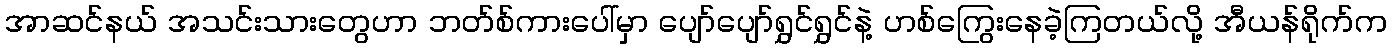
အာဆင်နယ် အသင်းသားတွေဟာ ဘတ်စ်ကားပေါ်မှာ ပျော်ပျော်ရွှင်ရွှင်နဲ့ ဟစ်ကြွေးနေခဲ့ကြတယ်လို့ အီယန်ရိုက်က